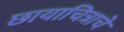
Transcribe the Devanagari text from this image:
छायाचित्राचे